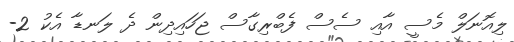
ލިއޮނަލް މެސީ އާއި ސެސް ފެބްރިގާސް ޖަހައިދިން ދެ ލަނޑާ އެކު 2-